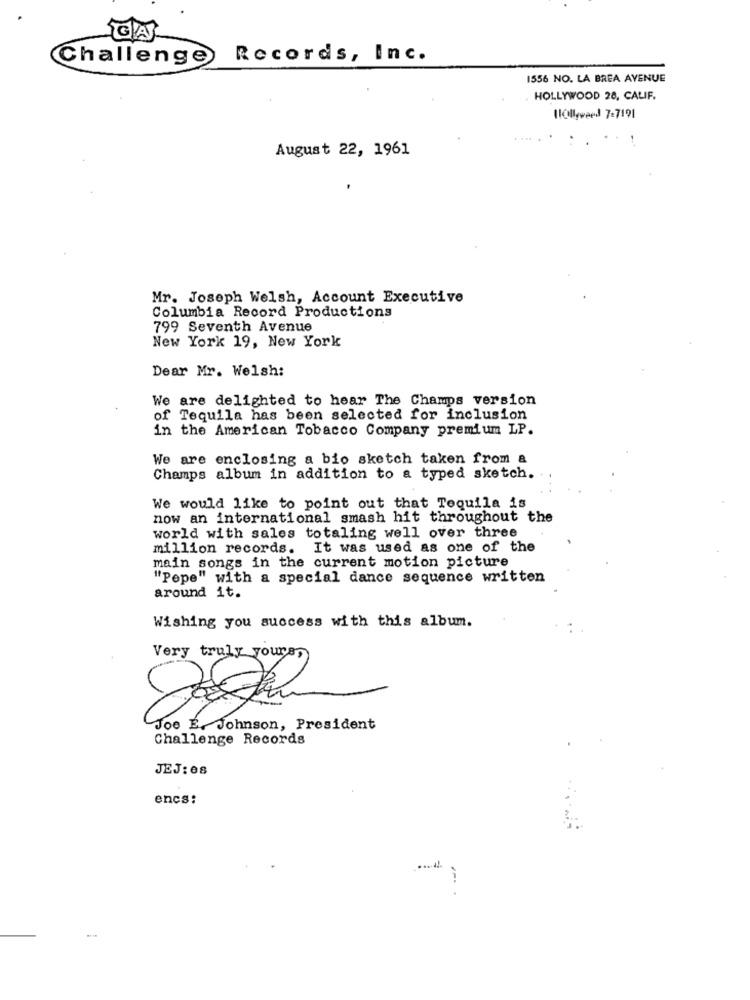
Challenge
Records, Inc.
1556 NO. LA BREA AVENUE
HOLLYWOOD 28, CALIF.
Hollyweed 7-7191
August 22, 1961
Mr. Joseph Welsh, Account Executive
Columbia Record Productions
799 Seventh Avenue
New York 19, New York
Dear Mr. Welsh:
We are delighted to hear The Champs version
of Tequila has been selected for inclusion
in the American Tobacco Company premium LP.
We are enclosing a bio sketch taken from a
Champs album in addition to a typed sketch.
We would like to point out that Tequila is
now an international smash hit throughout the
world with sales totaling well over three
million records. It was used as one of the
main songs in the current motion picture
"Pepe" with a special dance sequence written
around it.
Wishing you success with this album.
Very truly yours,
Joe E. Johnson, President
Challenge Records
JEJ: 08
encs: